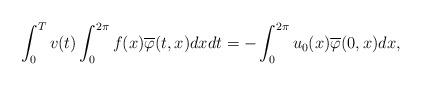
LaTeX: \begin{align*} \int_{0}^{T}v(t)\int_{0}^{2\pi}f(x)\overline{\varphi}(t,x)dxdt=-\int_{0}^{2\pi}u_0(x)\overline{\varphi}(0,x)dx,\end{align*}